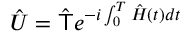
\hat { U } = \hat { \mathsf { T } } e ^ { - i \int _ { 0 } ^ { T } \hat { H } ( t ) d t }